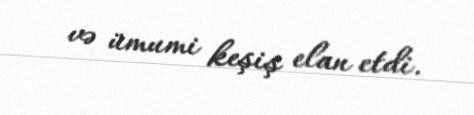
və ümumi keşiş elan etdi.